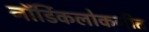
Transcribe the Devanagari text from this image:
नॉर्डिकलोकगीत